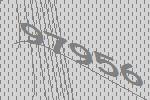
97956